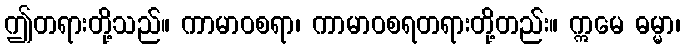
ဤတရားတို့သည်။ ကာမာဝစရာ၊ ကာမာဝစရတရားတို့တည်း။ ဣမေ ဓမ္မာ၊